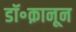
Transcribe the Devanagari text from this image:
डॉ॰क़ानून